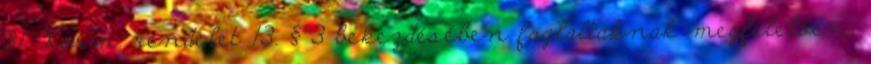
31. Korm. rendelet 13. § 3 bekezdésében foglaltaknak megfelelően,